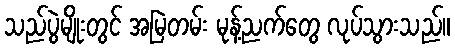
သည်ပွဲမျိုးတွင် အမြဲတမ်း မုန့်ညက်တွေ လုပ်သွားသည်။